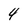
Character: 4